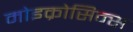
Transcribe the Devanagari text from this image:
मोइक्रोसिन्स